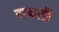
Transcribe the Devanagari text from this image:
रायती